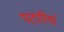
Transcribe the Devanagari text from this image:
पटारियां